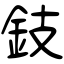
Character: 鈘